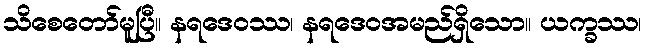
သိစေတော်မူပြီ။ နရဒေဝဿ၊ နရဒေဝအမည်ရှိသော။ ယက္ခဿ၊